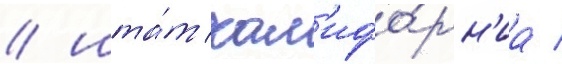
/ шта́т кал'ифо́рн'иа /